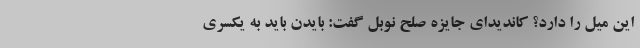
این میل را دارد؟ کاندیدای جایزه صلح نوبل گفت: بایدن باید به یکسری